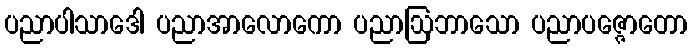
ပညာပါသာဒေါ ပညာအာလောကော ပညာဩဘာသော ပညာပဇ္ဇောတော